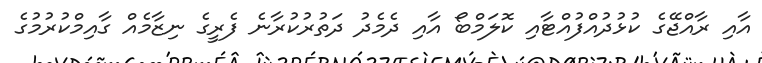
އާއި ރާއްޖޭގެ ކުޅުދުއްފުއްޓާއި ކޮލަމްބޯ އާއި ދެމެދު ދަތުރުކުރާނެ ފެރީގެ ނިޒާމެއް ގާއިމްކުރުމުގެ